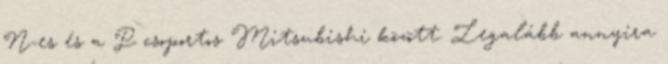
N-es és a P csoportos Mitsubishi között. Legalább annyira